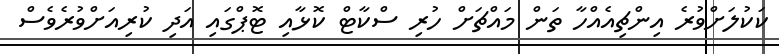
ކަކުލަށްވުރެ އިންޗިއެއްހާ ތަން މައްޗަށް ހުރި ސްކާޓް ކޮޅާއި ޓޮޕްގައި އަދި ކުރިއަށްވުރެވެސް